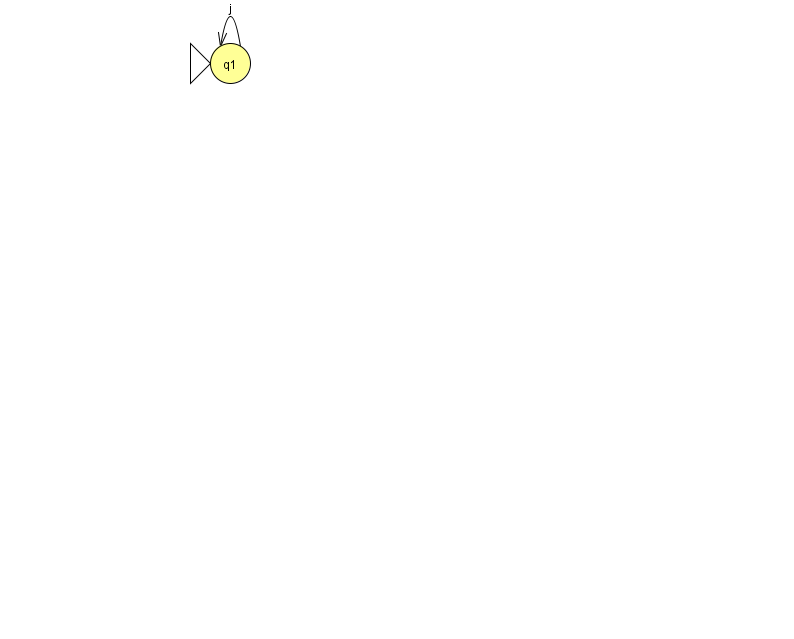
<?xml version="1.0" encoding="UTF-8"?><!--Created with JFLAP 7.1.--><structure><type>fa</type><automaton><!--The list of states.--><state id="1" name="q1"><x>230.0</x><y>50.0</y><initial/></state><!--The list of transitions.--><transition><from>1</from><to>1</to><read>j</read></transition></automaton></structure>